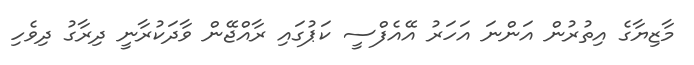
މާޒިޔާގެ އިތުރުން އަންނަ އަހަރު އޭއެފްސީ ކަޕުގައި ރާއްޖޭން ވާދަކުރާނީ ދިރާގު ދިވެހި